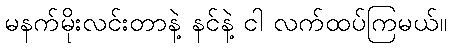
မနက်မိုးလင်းတာနဲ့ နင်နဲ့ ငါ လက်ထပ်ကြမယ်။